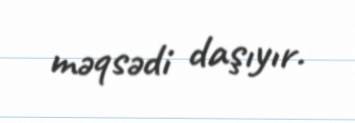
məqsədi daşıyır.